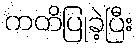
ကတိပြုခဲ့ပြီး